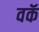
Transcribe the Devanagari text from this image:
वकॅ